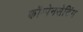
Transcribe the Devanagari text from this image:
कॉम्पेनसेटिंग